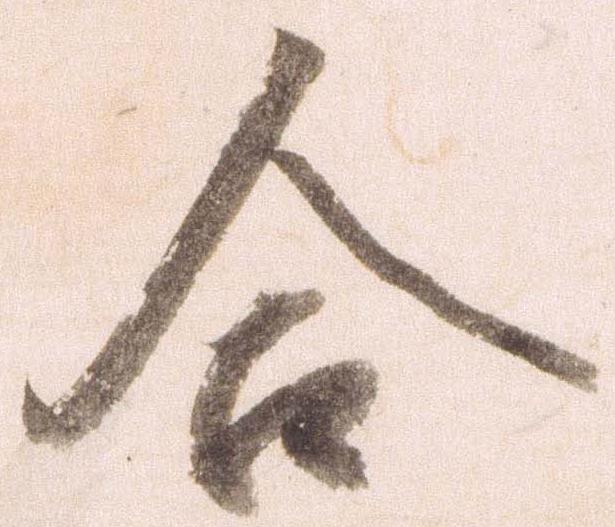
合